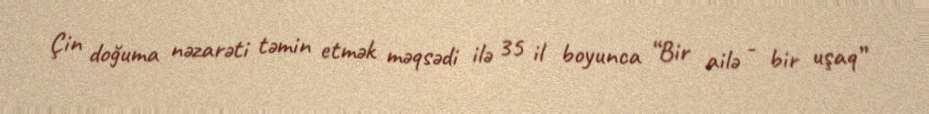
Çin doğuma nəzarəti təmin etmək məqsədi ilə 35 il boyunca “Bir ailə - bir uşaq”